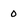
Character: 0